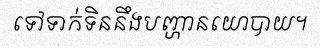
ទៅទាក់ទិននឹងបញ្ហានយោបាយ។